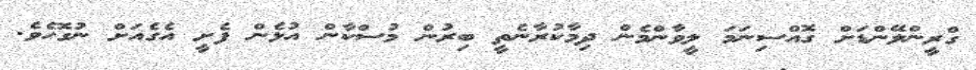
ގްރީންލޭންޑަށް ގޮއްސިނަމަ ލީވާންމެން ދިމާކުރާނެތީ ބިރުން މުސްކާން އުޅެން ފެށީ އެގެއަށް ނުގޮހެވެ.